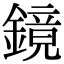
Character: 鏡